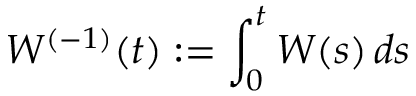
W ^ { ( - 1 ) } ( t ) : = \int _ { 0 } ^ { t } W ( s ) \, d s